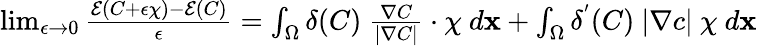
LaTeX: \begin{array}{r}{\operatorname*{lim}_{\epsilon\to 0}\frac{\mathcal{E}(C+\epsilon\chi)-\mathcal{E}(C)}{\epsilon}=\int_{\Omega}\delta(C)\ \frac{\nabla C}{|\nabla C|}\cdot\chi\ d\mathbf{x}+\int_{\Omega}\delta^{'}(C)\ |\nabla c|\ \chi\ d\mathbf{x}}\end{array}